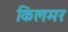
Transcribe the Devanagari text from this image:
किलमर